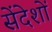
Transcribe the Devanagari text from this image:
सेंदेशों